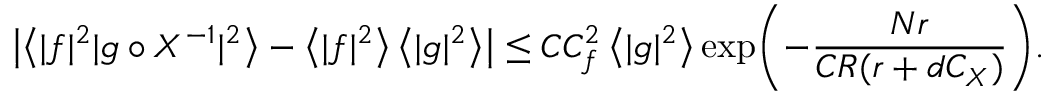
\bigl | \big \langle | f | ^ { 2 } | g \circ X ^ { - 1 } | ^ { 2 } \big \rangle - \bigl \langle | f | ^ { 2 } \bigr \rangle \, \bigl \langle | g | ^ { 2 } \bigr \rangle \bigr | \leq C C _ { f } ^ { 2 } \, \bigl \langle | g | ^ { 2 } \bigr \rangle \exp \mathopen { } \mathclose \bgroup \left( - \frac { N r } { C R ( r + d C _ { X } ) } \aftergroup \egroup \right) .